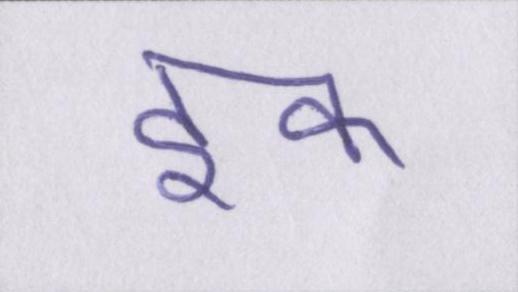
इक